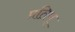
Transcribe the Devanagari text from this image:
प्रतिष्